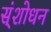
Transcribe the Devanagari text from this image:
स्ंशोधन